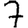
Digit: 7